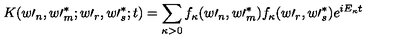
K ( w \prime _ { n } , w \prime _ { m } ^ { \ast } ; w \prime _ { r } , w \prime _ { s } ^ { \ast } ; t ) = \sum _ { \kappa > 0 } f _ { \kappa } ( w \prime _ { n } , w \prime _ { m } ^ { \ast } ) f _ { \kappa } ( w \prime _ { r } , w \prime _ { s } ^ { \ast } ) e ^ { i E _ { \kappa } t }